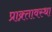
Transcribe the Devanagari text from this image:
प्राक्र्तावस्था